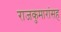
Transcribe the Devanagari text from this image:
राजकुमारांसह